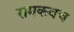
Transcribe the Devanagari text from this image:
रामकवच